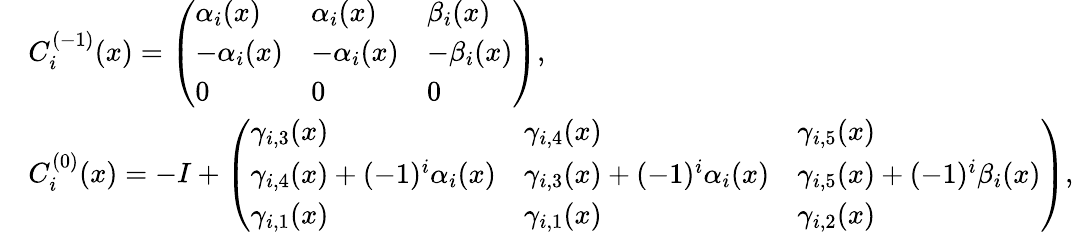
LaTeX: \begin{array}{rl}&{C_{i}^{(-1)}(x)=\left(\begin{array}{lll}{\alpha_{i}(x)}&{\alpha_{i}(x)}&{\beta_{i}(x)}\\ {-\alpha_{i}(x)}&{-\alpha_{i}(x)}&{-\beta_{i}(x)}\\ {0}&{0}&{0}\end{array}\right),}\\ &{C_{i}^{(0)}(x)=-I+\left(\begin{array}{lll}{\gamma_{i,3}(x)}&{\gamma_{i,4}(x)}&{\gamma_{i,5}(x)}\\ {\gamma_{i,4}(x)+(-1)^{i}\alpha_{i}(x)}&{\gamma_{i,3}(x)+(-1)^{i}\alpha_{i}(x)}&{\gamma_{i,5}(x)+(-1)^{i}\beta_{i}(x)}\\ {\gamma_{i,1}(x)}&{\gamma_{i,1}(x)}&{\gamma_{i,2}(x)}\end{array}\right),}\end{array}